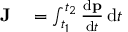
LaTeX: \begin{array} { r l } { \mathbf { J } } & { { } = \int _ { t _ { 1 } } ^ { t _ { 2 } } { \frac { \mathrm { d } \mathbf { p } } { \mathrm { d } t } } \, \mathrm { d } t } \end{array}